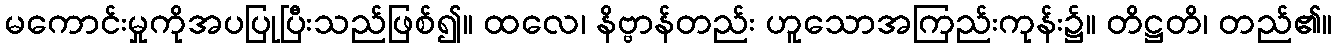
မကောင်းမှုကိုအပပြုပြီးသည်ဖြစ်၍။ ထလေ၊ နိဗ္ဗာန်တည်း ဟူသောအကြည်းကုန်း၌။ တိဋ္ဌတိ၊ တည်၏။